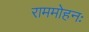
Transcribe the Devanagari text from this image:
राममोहनः